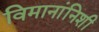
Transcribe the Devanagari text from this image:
विमानांनिशी